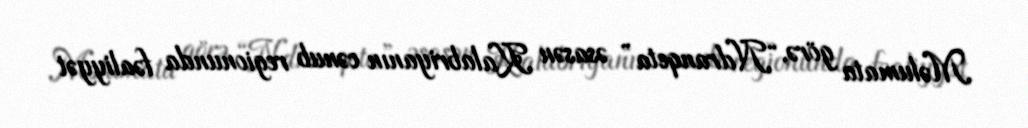
Məlumata görə, “Ndranqeta” əsasən Kalabriyanın cənub regionunda fəaliyyət